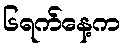
၆ရက်နေ့က